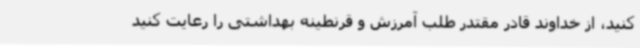
کنید، از خداوند قادر مقتدر طلب آمرزش و قرنطینه بهداشتی را رعایت کنید